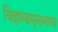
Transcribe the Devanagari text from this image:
विज्ञानामृतभाष्य